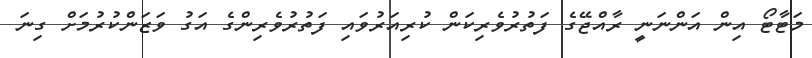
މަޓާޓޯ އިން އަންނަނީ ރާއްޖޭގެ ފަތުރުވެރިކަން ކުރިއަރުވައި ފަތުރުވެރިންގެ އަގު ވަޒަންކުރުމަށް ގިނަ